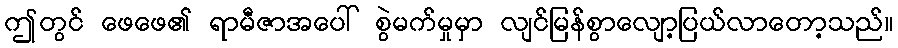
ဤတွင် ဖေဖေ၏ ရာမီဇာအပေါ် စွဲမက်မှုမှာ လျင်မြန်စွာလျော့ပြယ်လာတော့သည်။